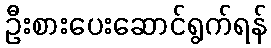
ဦးစားပေးဆောင်ရွက်ရန်